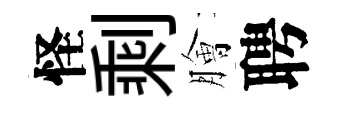
怪剩膾聘